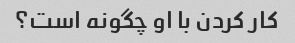
کار کردن با او چگونه است؟